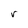
Character: r